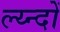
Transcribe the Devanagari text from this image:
ल्य्न्दों